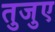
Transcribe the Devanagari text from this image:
तुजुए